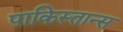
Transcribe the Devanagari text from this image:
पाकिस्तान्स